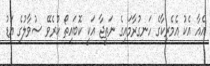
އެއާ އެކު އެމެރިކާގެ ހަނގުރާމައިގެ ނަތީޖާ އަކީ ކޮބައިތޯ ކުރެވޭ ސުވާލުގެ އަޑު